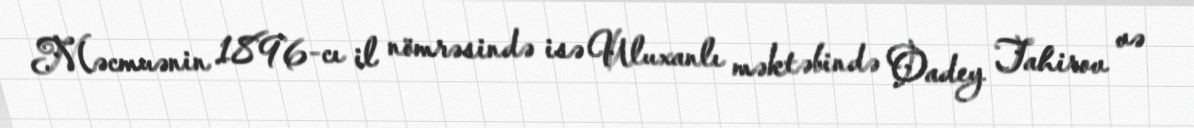
Məcmuənin 1896-cı il nömrəsində isə Uluxanlı məktəbində Oadey Tahirov və